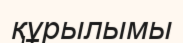
құрылымы